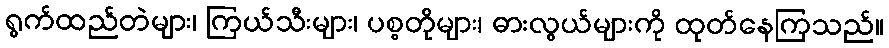
ရွက်ထည်တဲများ၊ ကြယ်သီးများ၊ ပစ္စတိုများ၊ ဓားလွယ်များကို ထုတ်နေကြသည်။